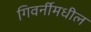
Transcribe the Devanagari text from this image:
गिवर्नीमधील